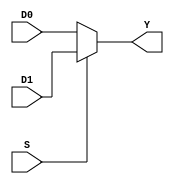
module mux_2_to_1 (
  D0,
  D1,
  S,
  Y
  );
  
  parameter DATA_WIDTH = 1;
   
  input  [DATA_WIDTH-1:0] D0;
  input  [DATA_WIDTH-1:0] D1;
  input                   S;
  output [DATA_WIDTH-1:0] Y;
  
  wire   [DATA_WIDTH-1:0] D0;
  wire   [DATA_WIDTH-1:0] D1;
  wire                    S;
  wire   [DATA_WIDTH-1:0] Y;
  // S == 0 then Y = D0
  // S == 1 then Y = D1
  assign Y = S ? D1 : D0;
endmodule